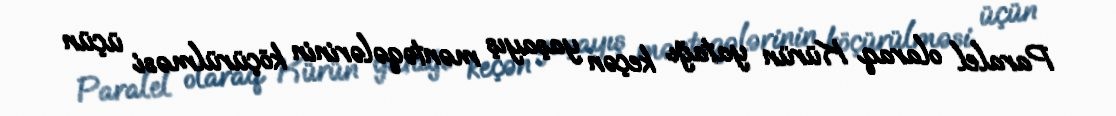
Paralel olaraq Kürün yatağı keçən yaşayış məntəqələrinin köçürülməsi üçün